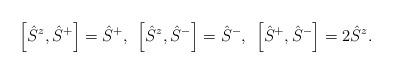
LaTeX: \begin{align*} \left[ \hat S^z, \hat S^+ \right] = \hat S^+, \hskip 5pt \left[ \hat S^z, \hat S^- \right] = \hat S^-, \hskip 5pt \left[ \hat S^+, \hat S^- \right] = 2 \hat S^z.\end{align*}